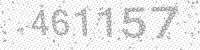
Solution: 461157